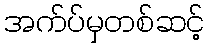
အက်ပ်မှတစ်ဆင့်